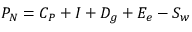
\textstyle P _ { N } = C _ { P } + I + D _ { g } + E _ { e } - S _ { w } \,